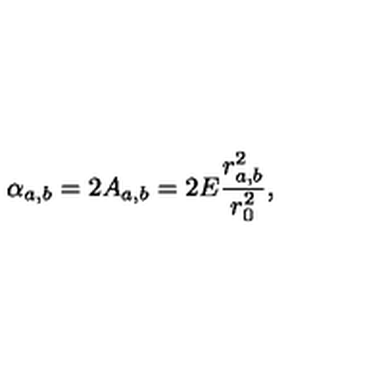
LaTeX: \alpha _ { a , b } = 2 A _ { a , b } = 2 E \frac { r _ { a , b } ^ { 2 } } { r _ { 0 } ^ { 2 } } ,